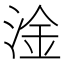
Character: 淦